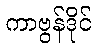
ကာဗွန်ဒိုင်